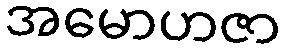
အမောဟဇာ